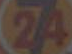
24